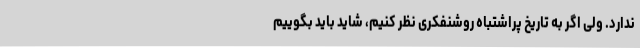
ندارد. ولی اگر به تاریخ پراشتباه روشنفکری نظر کنیم، شاید باید بگوییم